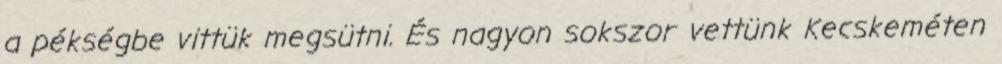
a pékségbe vittük megsütni. És nagyon sokszor vettünk Kecskeméten